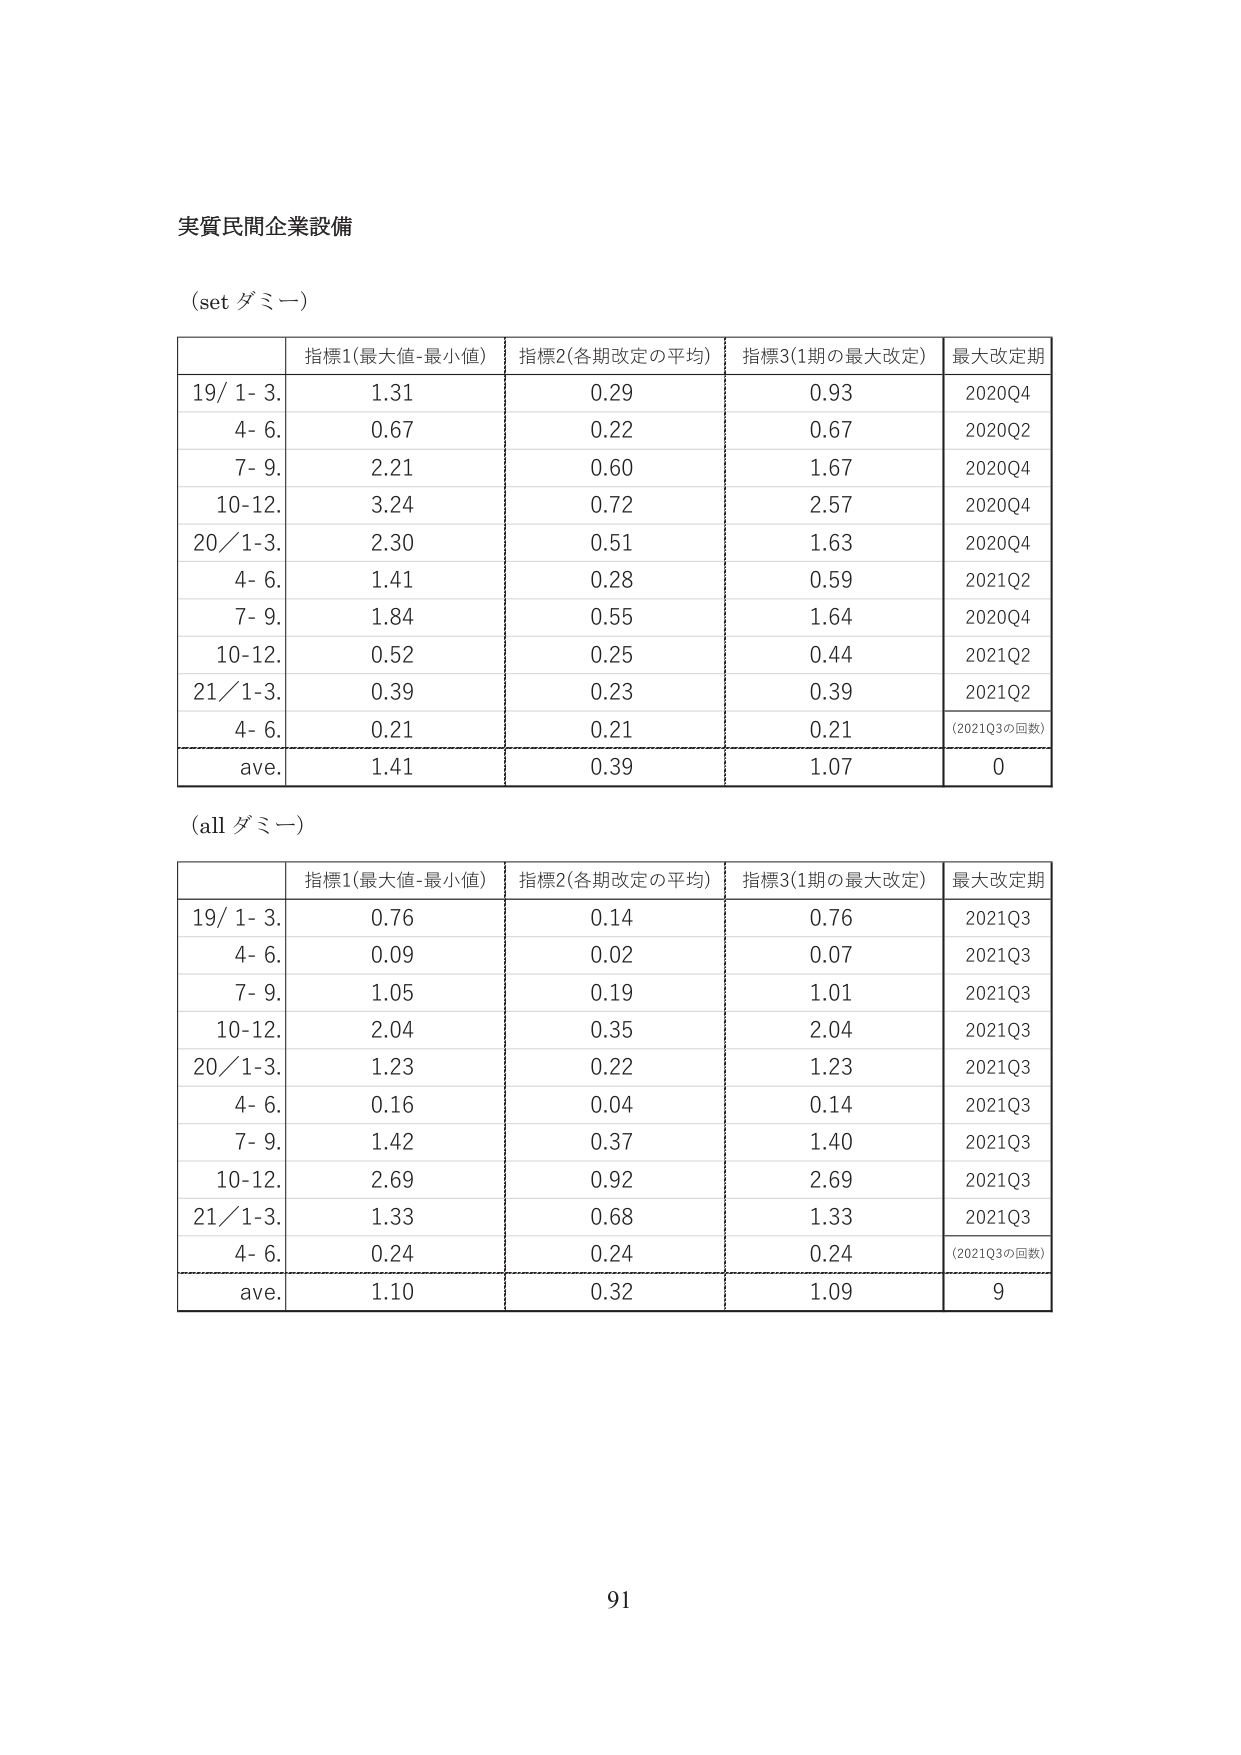
実質民間企業設備

(set ダミー)

| | 指標1(最大値-最小値) | 指標2(各期改定の平均) | 指標3(1期の最大改定) | 最大改定期 |
|---|---|---|---|---|
| 19/ 1- 3. | 1.31 | 0.29 | 0.93 | 2020Q4 |
| 4- 6. | 0.67 | 0.22 | 0.67 | 2020Q2 |
| 7- 9. | 2.21 | 0.60 | 1.67 | 2020Q4 |
| 10-12. | 3.24 | 0.72 | 2.57 | 2020Q4 |
| 20/1-3. | 2.30 | 0.51 | 1.63 | 2020Q4 |
| 4- 6. | 1.41 | 0.28 | 0.59 | 2021Q2 |
| 7- 9. | 1.84 | 0.55 | 1.64 | 2020Q4 |
| 10-12. | 0.52 | 0.25 | 0.44 | 2021Q2 |
| 21/1-3. | 0.39 | 0.23 | 0.39 | 2021Q2 |
| 4- 6. | 0.21 | 0.21 | 0.21 | (2021Q3の回数) |
| ave. | 1.41 | 0.39 | 1.07 | 0 |

(all ダミー)

| | 指標1(最大値-最小値) | 指標2(各期改定の平均) | 指標3(1期の最大改定) | 最大改定期 |
|---|---|---|---|---|
| 19/ 1- 3. | 0.76 | 0.14 | 0.76 | 2021Q3 |
| 4- 6. | 0.09 | 0.02 | 0.07 | 2021Q3 |
| 7- 9. | 1.05 | 0.19 | 1.01 | 2021Q3 |
| 10-12. | 2.04 | 0.35 | 2.04 | 2021Q3 |
| 20/1-3. | 1.23 | 0.22 | 1.23 | 2021Q3 |
| 4- 6. | 0.16 | 0.04 | 0.14 | 2021Q3 |
| 7- 9. | 1.42 | 0.37 | 1.40 | 2021Q3 |
| 10-12. | 2.69 | 0.92 | 2.69 | 2021Q3 |
| 21/1-3. | 1.33 | 0.68 | 1.33 | 2021Q3 |
| 4- 6. | 0.24 | 0.24 | 0.24 | (2021Q3の回数) |
| ave. | 1.10 | 0.32 | 1.09 | 9 |

91